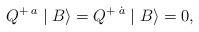
LaTeX: \begin{align*}Q^{+\;a}\mid B\rangle=Q^{+\;\dot{a}}\mid B\rangle=0,\end{align*}